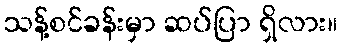
သန့်စင်ခန်းမှာ ဆပ်ပြာ ရှိလား။